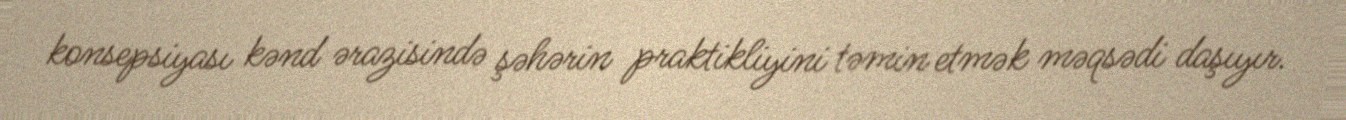
konsepsiyası kənd ərazisində şəhərin praktikliyini təmin etmək məqsədi daşıyır.